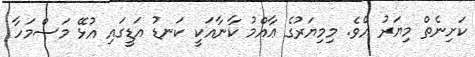
ކަށިނެތް މިޔަރު އެވެ. މިމިޔަރުގެ ޢާއްމު ކާނާއަކީ ކަނޑު އަޑީގައި އުޅޭ މަސްމަހާ